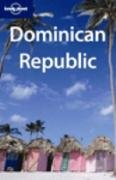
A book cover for Lonely Planet Dominican Republic (Country Guide); Gary Chandler; Travel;